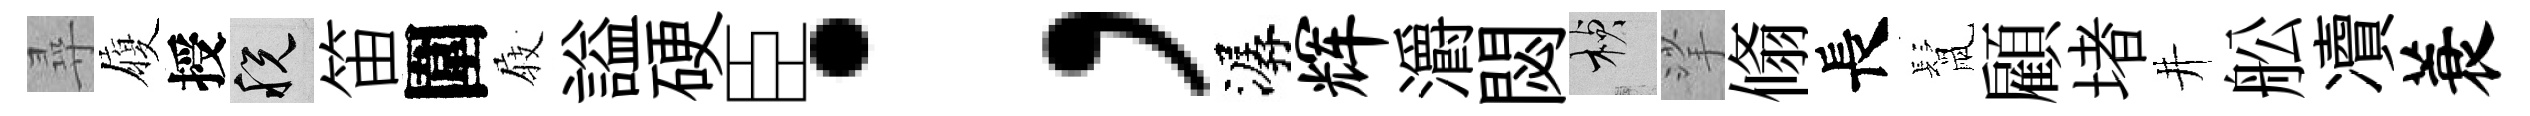
尋履授税笛圍𡲆謚硬臣；潺辉灂閟楨挲翛長鬛顧堵井舩凟蓑